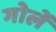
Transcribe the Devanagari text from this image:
गोर्ले